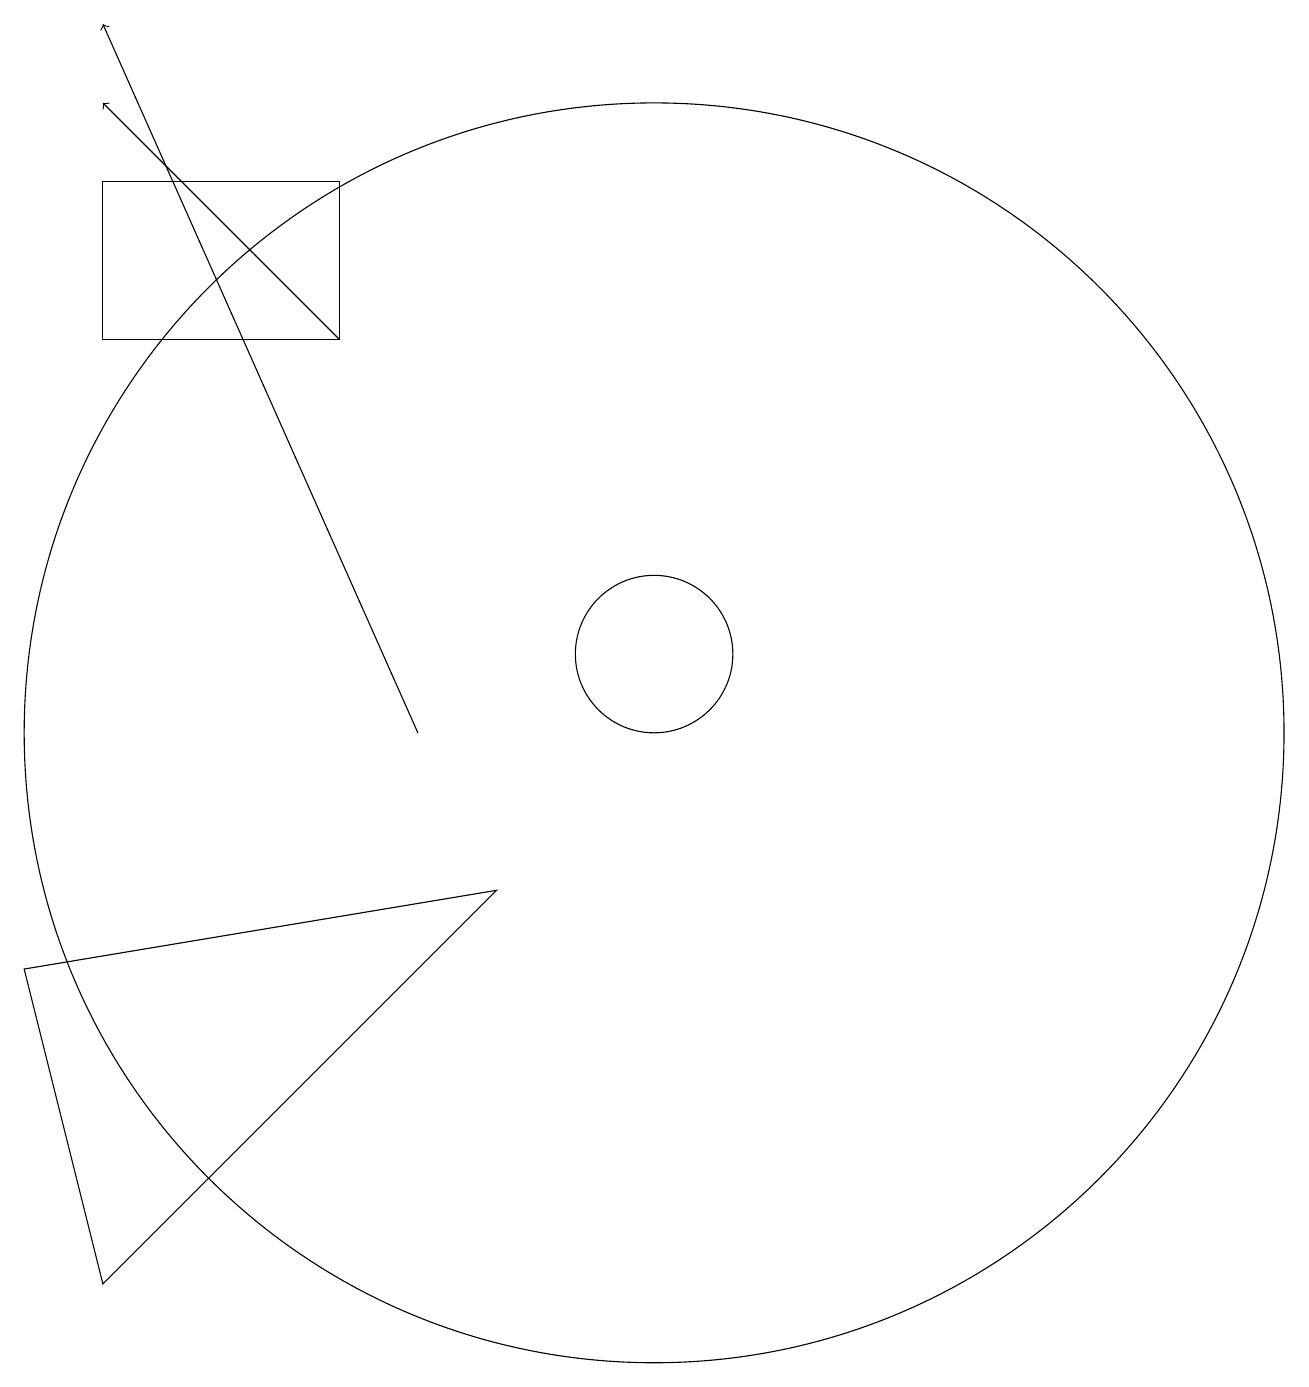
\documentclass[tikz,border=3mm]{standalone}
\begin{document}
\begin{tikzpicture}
\draw (3,7) -- (9,8) -- (4,3) -- cycle;
\draw[->] (7,15) -- (4,18);
\draw[->] (8,10) -- (4,19);
\draw (11,11) circle (1);
\draw (4,15) rectangle (7,17);
\draw (11,10) circle (8);
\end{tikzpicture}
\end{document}